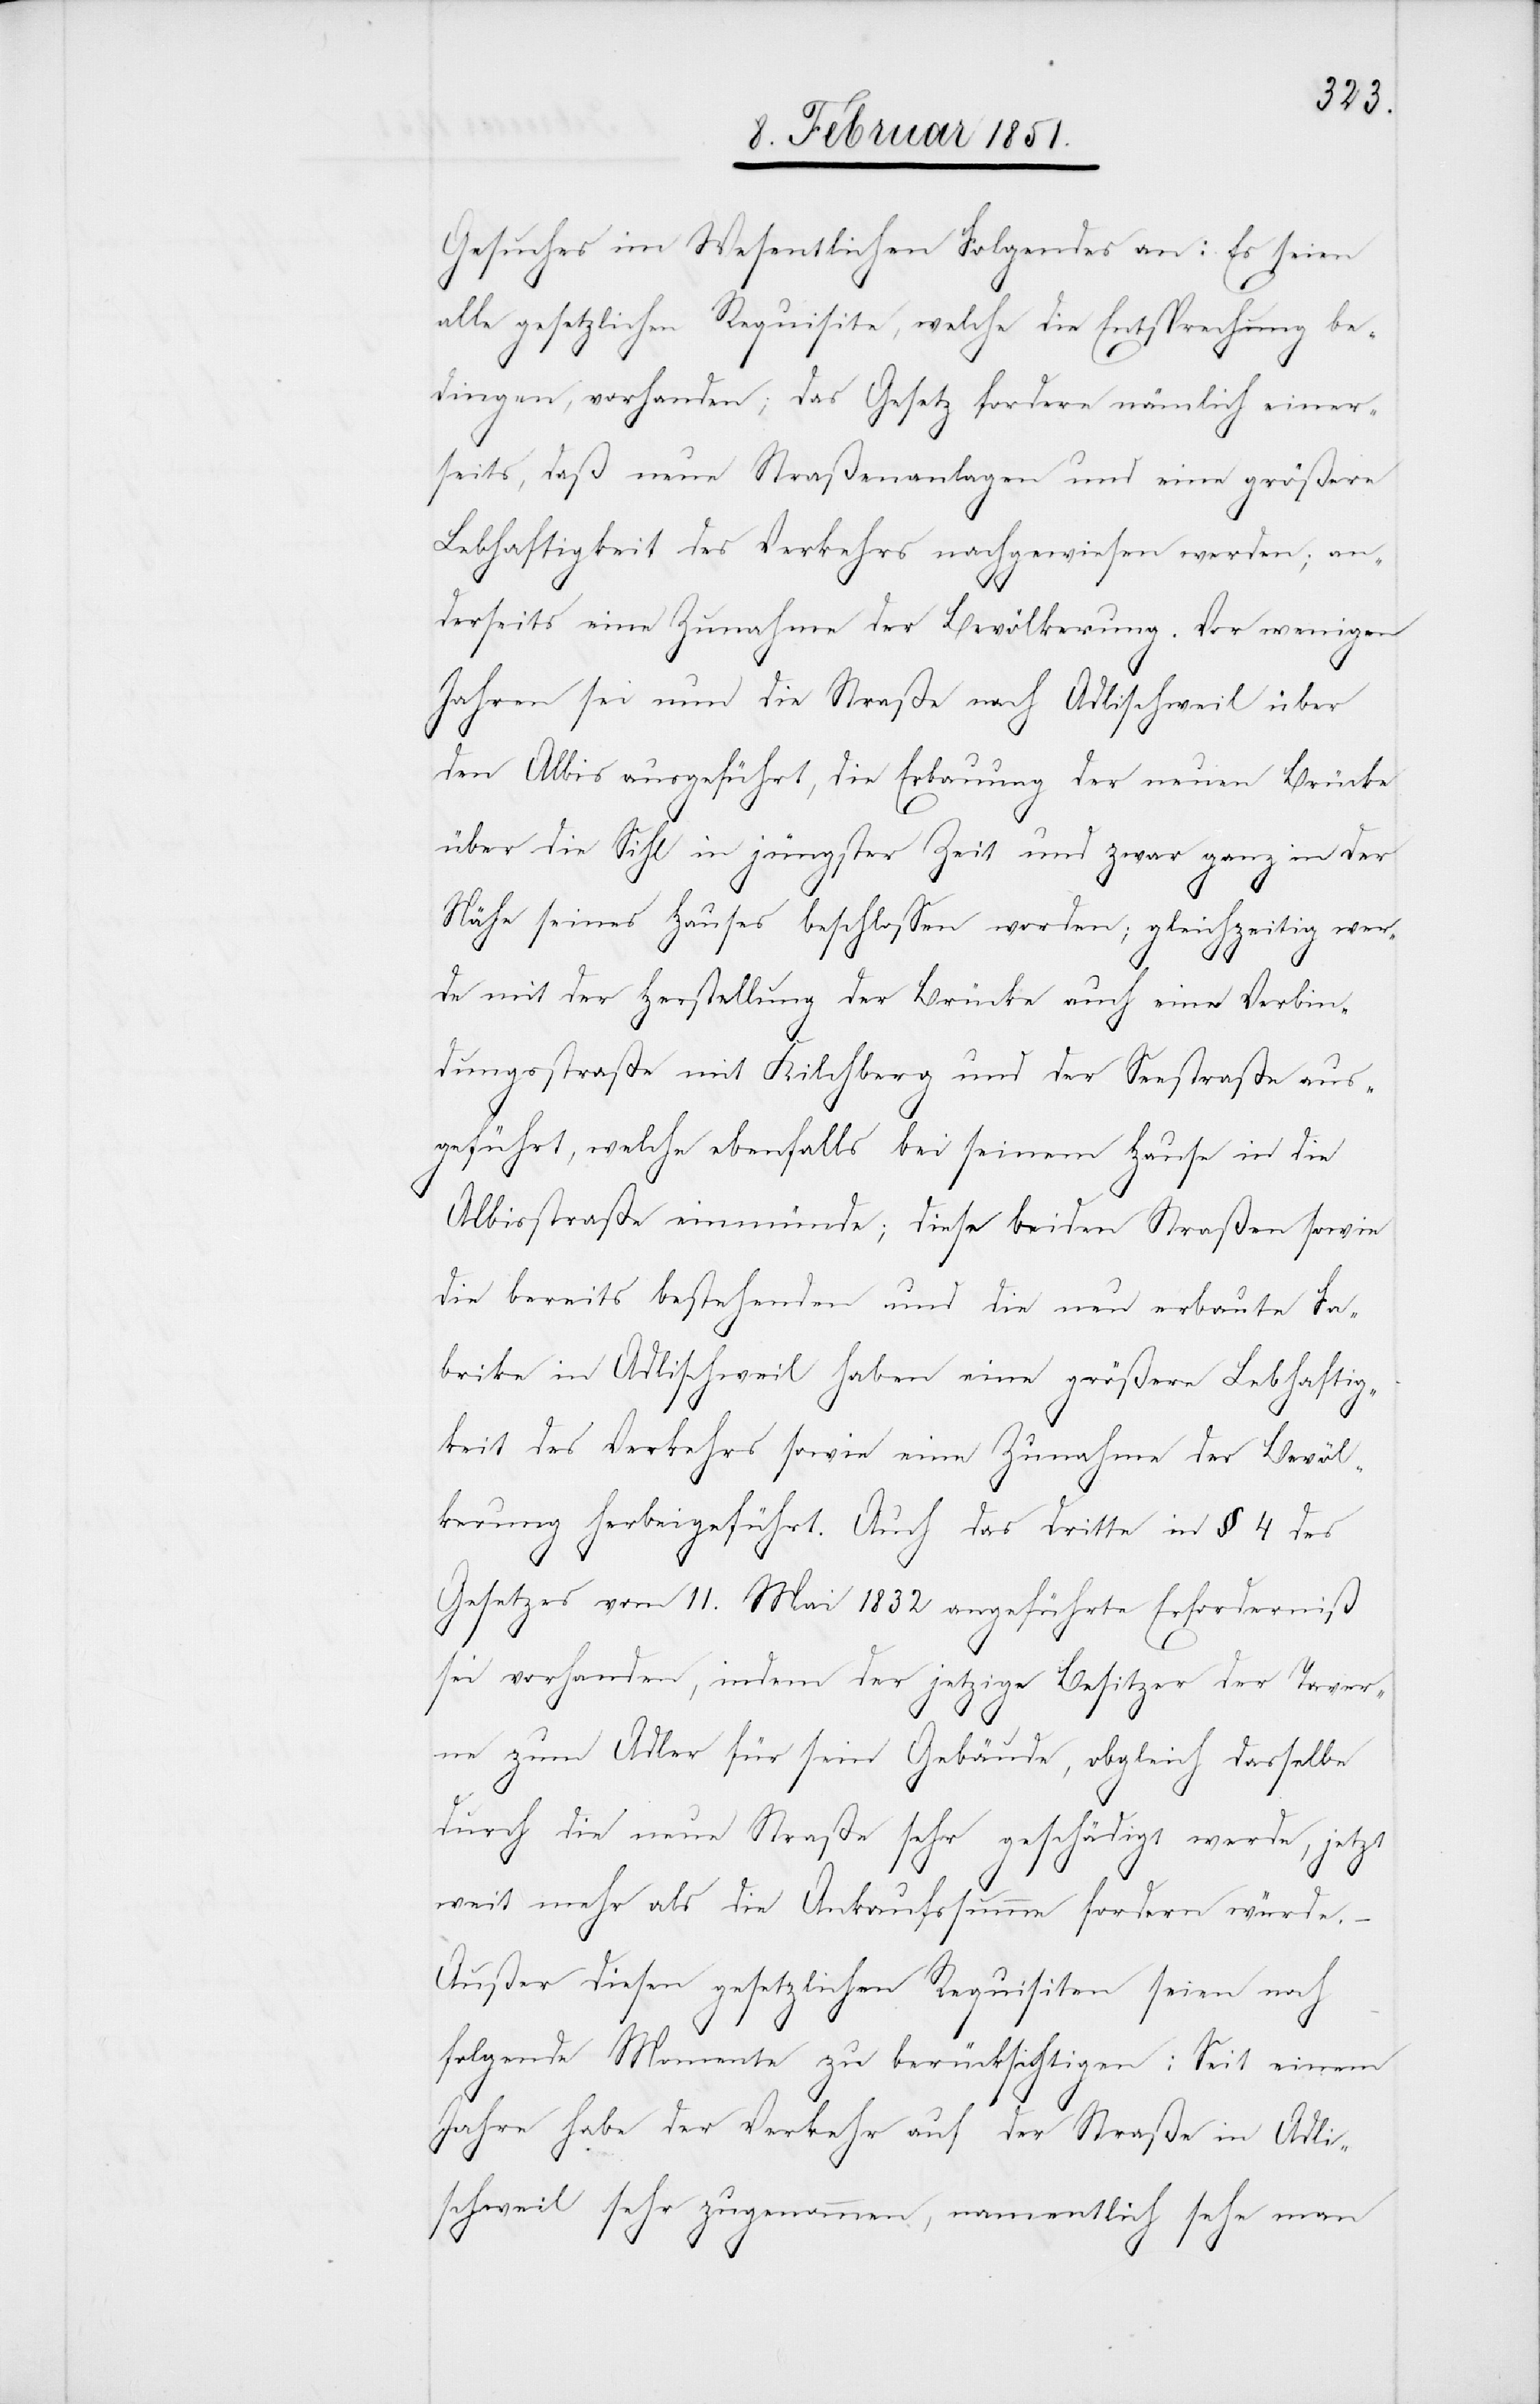
Gesuches im Wesentlichen Folgendes an: Es seien
alle gesetzlichen Requisite, welche die Entsprechung be¬
dingen, vorhanden; das Gesetz fordere nämlich einer¬
seits, daß neue Straßenanlagen und eine größere
Lebhaftigkeit des Verkehrs nachgewiesen werden; an¬
derseits eine Zunahme der Bevölkerung. Vor wenigen
Jahren sei nun die Straße nach Adlischweil über
den Albis ausgeführt, die Erbauung der neuen Brücke
über die Sihl in jüngster Zeit und zwar ganz in der
Nähe seines Hauses beschlossen worden; gleichzeitig wer¬
de mit der Herstellung der Brücke auch eine Verbin¬
dungsstraße mit Kilchberg und der Seestraße aus¬
geführt, welche ebenfalls bei seinem Hause in die
Albisstraße einmünde; diese beiden Straßen sowie
die bereits bestehenden und die neu erbaute Fa¬
brike in Adlischweil haben eine größere Lebhaftig¬
keit des Verkehrs sowie eine Zunahme der Bevöl¬
kerung herbeigeführt. Auch das dritte in § 4 des
Gesetzes vom 11. Mai 1832 angeführte Erforderniß
sei vorhanden, indem der jetzige Besitzer der Taver¬
ne zum Adler für sein Gebäude, obgleich dasselbe
durch die neue Straße sehr geschädigt werde, jetzt
weit mehr als die Ankaufssumme fordern würde.
Außer diesen gesetzlichen Requisiten seien noch
folgende Momente zu berücksichtigen: Seit einem
Jahre habe der Verkehr auf der Straße in Adli¬
schweil sehr zugenommen, namentlich sehe man